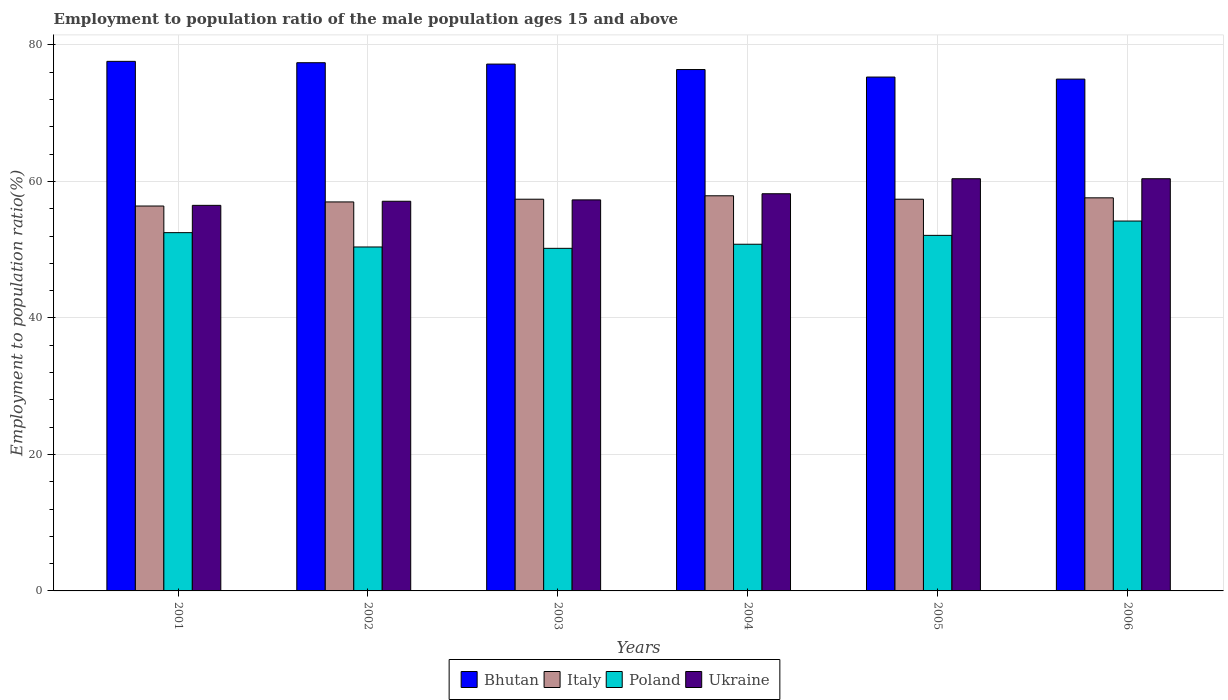
| Years | Bhutan | Italy | Poland | Ukraine |
 | --- | --- | --- | --- | --- |
 | 2001 | 77.6 | 56.4 | 52.5 | 56.5 |
 | 2002 | 77.4 | 57 | 50.4 | 57.1 |
 | 2003 | 77.2 | 57.4 | 50.2 | 57.3 |
 | 2004 | 76.4 | 57.9 | 50.8 | 58.2 |
 | 2005 | 75.3 | 57.4 | 52.1 | 60.4 |
 | 2006 | 75 | 57.6 | 54.2 | 60.4 |